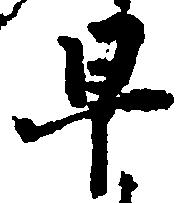
早